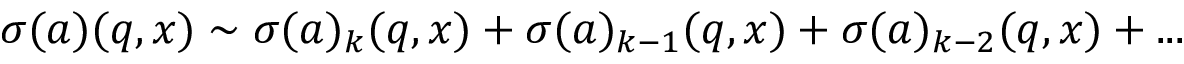
\sigma ( a ) ( q , x ) \sim \sigma ( a ) _ { k } ( q , x ) + \sigma ( a ) _ { k - 1 } ( q , x ) + \sigma ( a ) _ { k - 2 } ( q , x ) + . . .